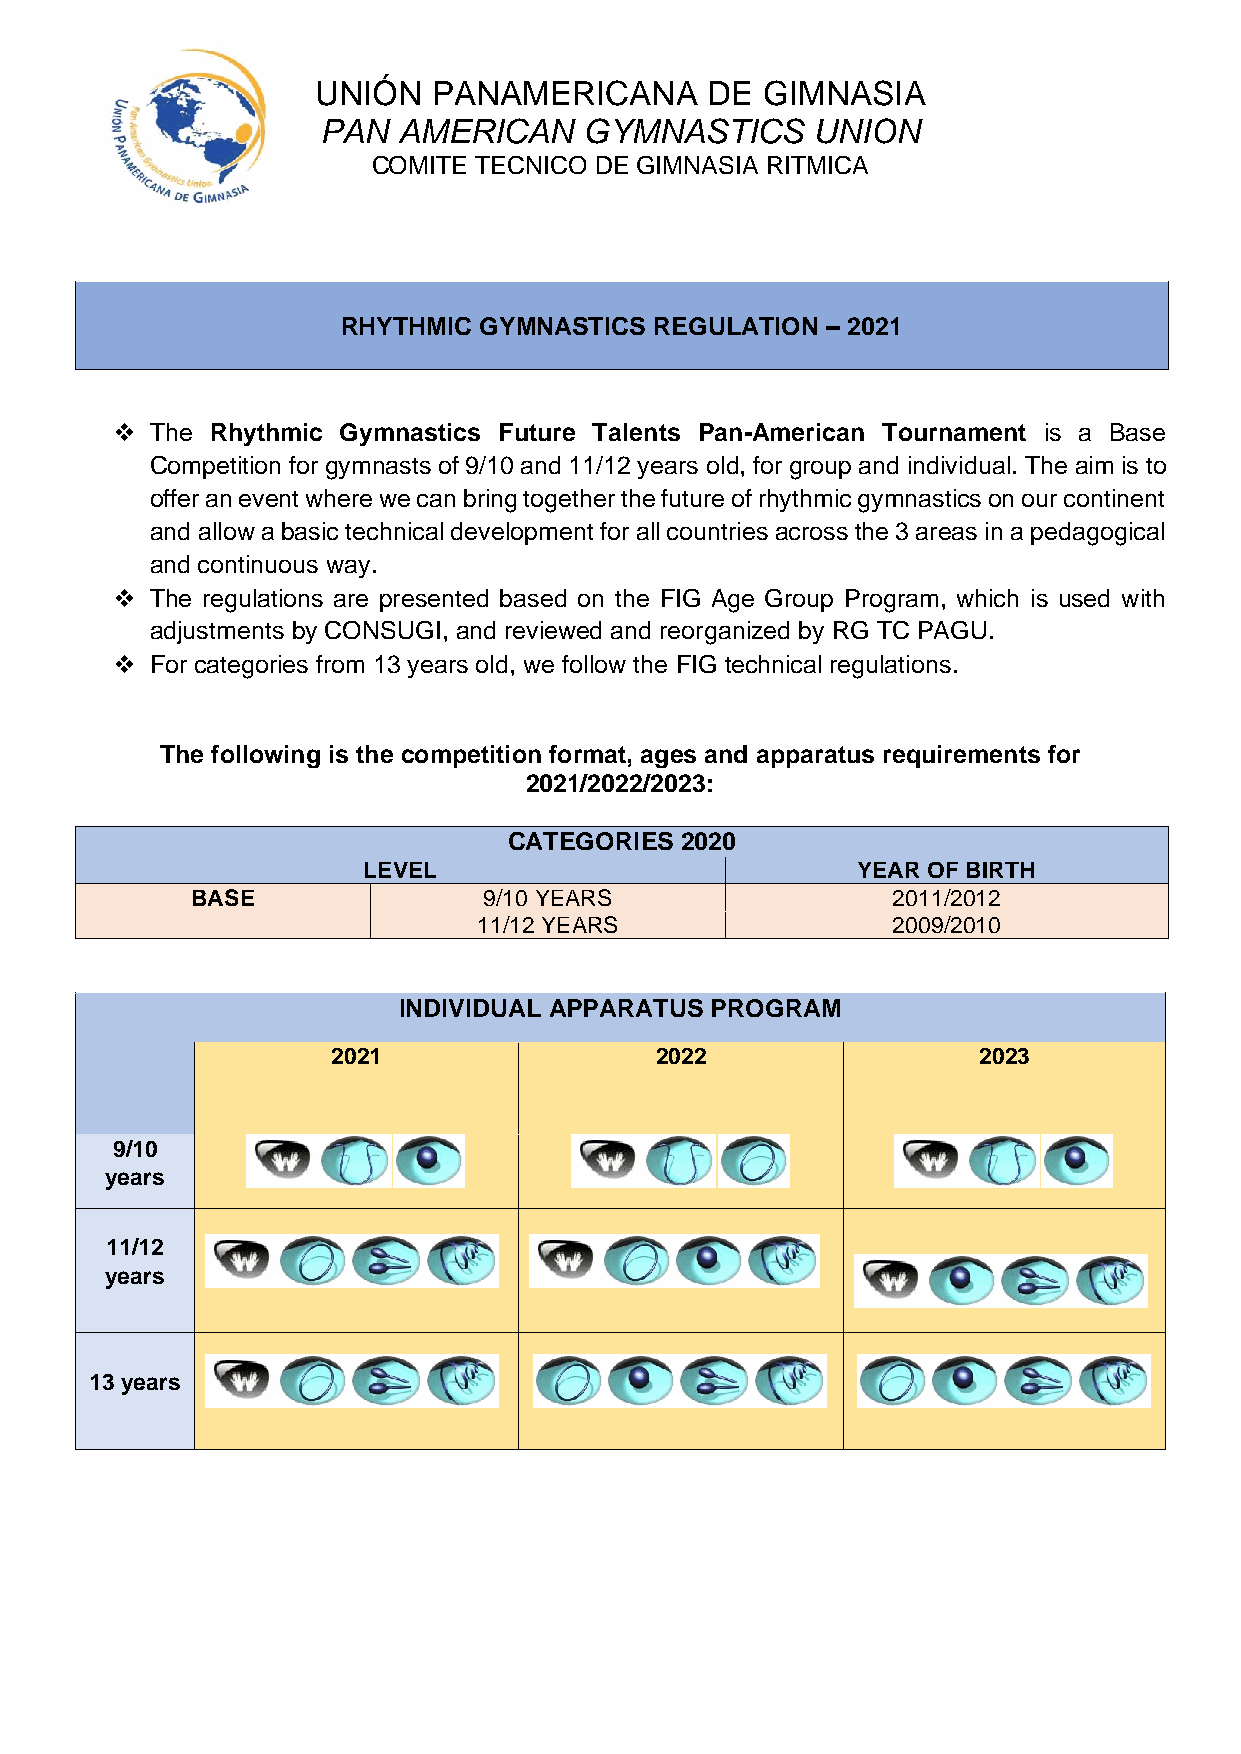
UNIÓN   PANAMERICANA      DE GIMNASIA
 PAN  AMERICAN     GYMNASTICS     UNION
 COMITE TECNICO DE GIMNASIA RITMICA
 RHYTHMIC GYMNASTICS REGULATION  – 2021
 ❖  The Rhythmic Gymnastics Future Talents Pan-American Tournament is a Base
 Competition for gymnasts of 9/10 and 11/12 years old, for group and individual. The aim is to
 offer an event where we can bring together the future of rhythmic gymnastics on our continent
 and allow a basic technical development for all countries across the 3 areas in a pedagogical
 and continuous way.
 ❖  The regulations are presented based on the FIG Age Group Program, which is used with
 adjustments by CONSUGI, and reviewed and reorganized by RG TC PAGU.
 ❖  For categories from 13 years old, we follow the FIG technical regulations.
 The following is the competition format, ages and apparatus requirements for
 2021/2022/2023:
 CATEGORIES 2020
 LEVEL                            YEAR OF BIRTH
 BASE               9/10 YEARS                 2011/2012
 11/12 YEARS                2009/2010
 INDIVIDUAL APPARATUS PROGRAM
 2021                 2022                  2023
 9/10
 years
 11/12
 years
 13 years